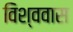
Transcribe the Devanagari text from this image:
विश्ववास